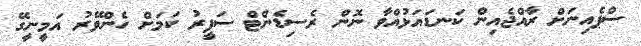
ސްޕެއިނަށް ރާއްޖެއިން ކަނޑައަޅުއްވާ ނޮން ރެސިޑެންޓް ސަފީރު ކަމަށް ހެންވޭރު އަމީނީގޭ